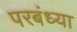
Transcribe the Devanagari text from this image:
परबंध्या